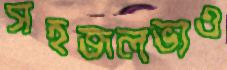
সহজলভ্যও